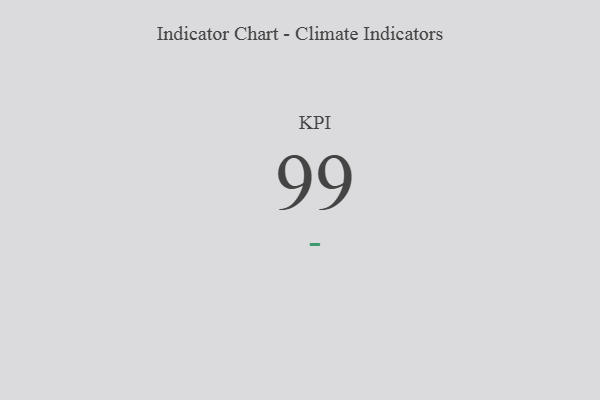
{"axis": {"x": "KPI", "y": "Value"}, "legend": [""], "data": [{"x": "KPI", "y": 99, "type": ""}]}